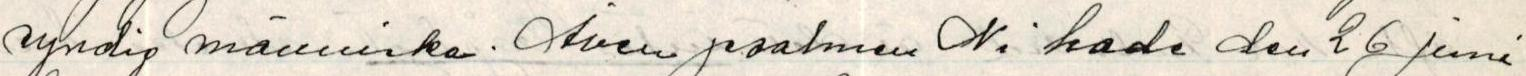
syndig människa. Även psalmen Ni hade den 26 Juni